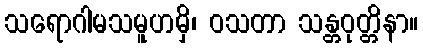
သရောဂါမသမူဟမှိ၊ ဝသတာ သန္တဝုတ္တိနာ။